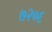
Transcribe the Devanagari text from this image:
७२०६